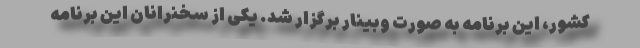
کشور، این برنامه به صورت وبینار برگزار شد. یکی از سخنرانان این برنامه